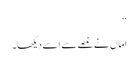
‘‘
اماں نے غصے سے اسے دیکھا۔